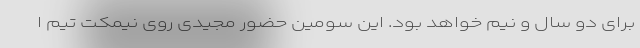
برای دو سال و نیم خواهد بود. این سومین حضور مجیدی روی نیمکت تیم ا